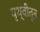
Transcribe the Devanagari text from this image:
पृथ्वीतून